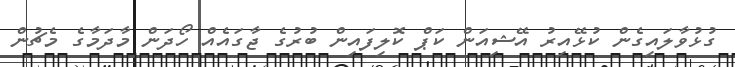
ގުޅުވާލައިގެން ކުޅޭއިރު އޭޝިއަން ކަޕް ކޮލިފައިން ބުރުގެ ޖާގައެއް ހޯދަން މާދަމާގެ މެޗުން